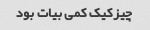
چیزکیک کمی بیات بود